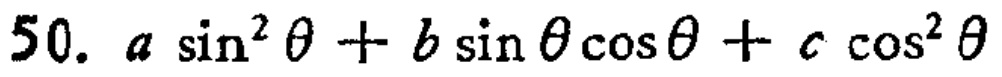
$50.\ a\sin^{2}\theta + b\sin\theta\cos\theta + c\cos^{2}\theta$